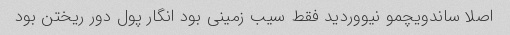
اصلا ساندویچمو نیووردید فقط سیب زمینی بود انگار پول دور ریختن بود